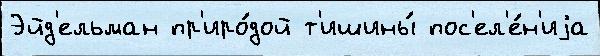
Эйд'ельман пр'иро́дой т'ишины́ пос'ел'е́н'иjа